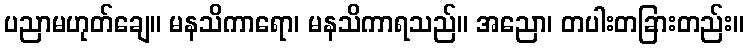
ပညာမဟုတ်ချေ။ မနသိကာရော၊ မနသိကာရသည်။ အညော၊ တပါးတခြားတည်း။